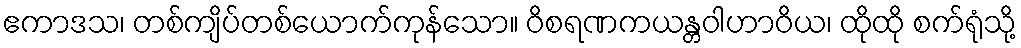
ဧကာဒသ၊ တစ်ကျိပ်တစ်ယောက်ကုန်သော။ ဝိစရဏကယန္တဝါဟာဝိယ၊ ထိုထို စက်ရုံသို့